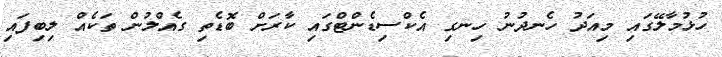
ހުޅުމާލޭގައި މިއަދު ހެނދުނު ހިނގި އެކްސިޑެންޓްގައި ކާރަށް ބޮޑެތި ގެއްލުން ތަކެއް ލިބިފައި